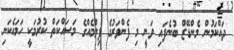
ދައްކަމުން މެންޑޭޒް ބުނެފައި ވަނީ މި ފެންވަރުގެ ފިލްމެއްގެ މަސައްކަތް ކުރުމަކީ ހަމައެކަނި